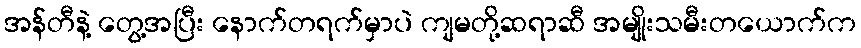
အန်တီနဲ့ တွေ့အပြီး နောက်တရက်မှာပဲ ကျမတို့ဆရာဆီ အမျိုးသမီးတယောက်က